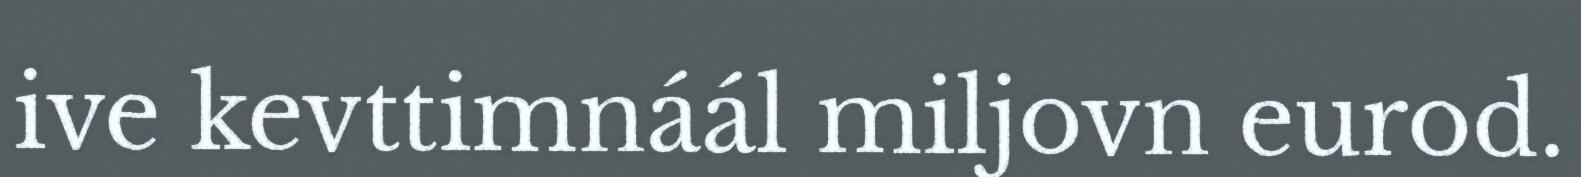
ive kevttimnáál miljovn eurod.